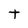
Character: t